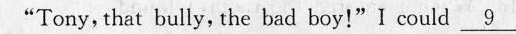
"Tony, that bally, the had boy!"I cauld \underline{9}